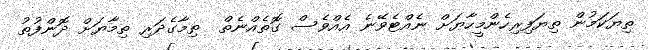
ތިޔަކަމުން ތިޔަފިރިހެންމީހާޔަށް ނެއްޓެވޭނެ އެއްވެސް ގޮތެއްނެތް  ތިމާގެދަރި ތިމާޔަށް ދޮންފުތު